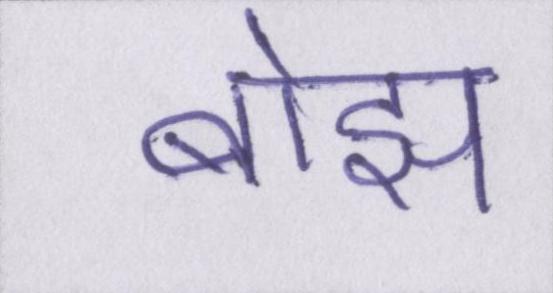
बोझ